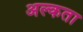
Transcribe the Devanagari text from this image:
अल्कता